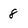
Character: 8